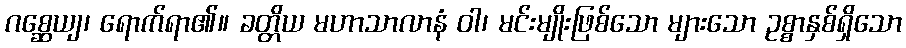
ဂစ္ဆေယျ၊ ရောက်ရာ၏။ ခတ္တိယ မဟာသာလာနံ ဝါ၊ မင်းမျိုးဖြစ်သော များသော ဥစ္စာနှစ်ရှိသော